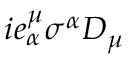
i e _ { \alpha } ^ { \mu } \sigma ^ { \alpha } D _ { \mu }